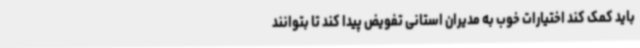
باید کمک کند اختیارات خوب به مدیران استانی تفویض پیدا کند تا بتوانند